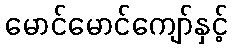
မောင်မောင်ကျော်နှင့်